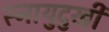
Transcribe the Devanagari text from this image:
स्नायुदुखी